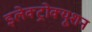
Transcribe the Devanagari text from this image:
इलेक्ट्रोक्यूशन